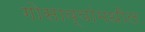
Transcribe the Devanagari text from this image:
गोसाव्यांमधील